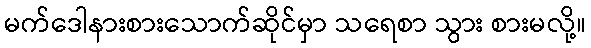
မက်ဒေါနားစားသောက်ဆိုင်မှာ သရေစာ သွား စားမလို့။